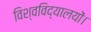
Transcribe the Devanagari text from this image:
विश्वविद्यालयों।